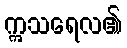
ဣသရေလ၏